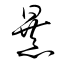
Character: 暴